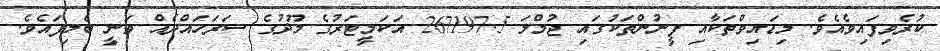
ކުރެވިފައިވެއެވެ. މިޑައިވްތަކާއި ފީނުންތަކުގައި ޖުމްލަ 267197.5 އަކަމީޓަރުގެ މޫދުގެ ސަރަހައްދެއް ވަނީ ބެލިފައެވެ.